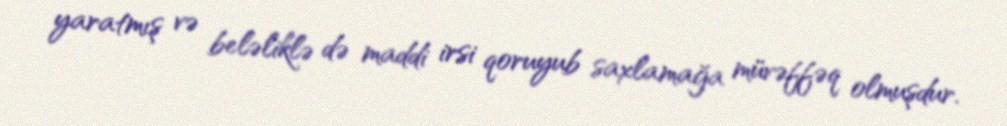
yaratmış və beləliklə də maddi irsi qoruyub saxlamağa müvəffəq olmuşdur.